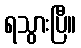
ရသွားပြီ။